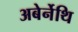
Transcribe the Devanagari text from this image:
अबेर्नेथि